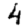
Digit: 4